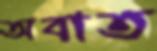
অবাত